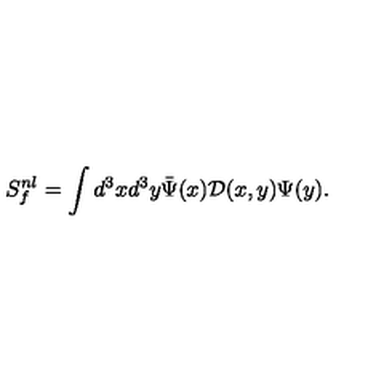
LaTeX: S _ { f } ^ { n l } = \int d ^ { 3 } x d ^ { 3 } y \bar { \Psi } ( x ) \mathcal { D } ( x , y ) \Psi ( y ) .